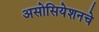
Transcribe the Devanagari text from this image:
असोसियेशनचे